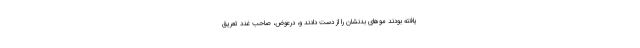
یافته بودند موهای بدنشان را از دست دادند و، درعوض، صاحب غدد تعریق